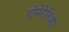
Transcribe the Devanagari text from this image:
पोमेरेनिआ